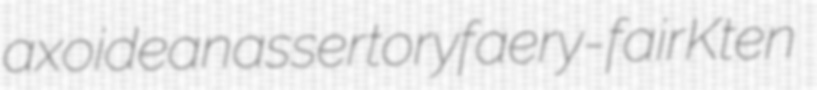
axoidean assertory faery-fair Kten